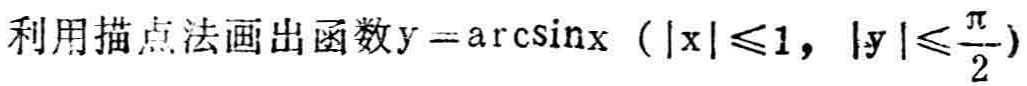
利用描点法画出函数\(y = \arcsin x\)（\(\vert x\vert\leqslant1\)，\(\vert y\vert\leqslant\frac{\pi}{2}\)）